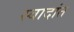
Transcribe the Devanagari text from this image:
स्वादांत